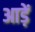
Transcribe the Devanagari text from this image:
आड़ें